Scottish Certificate of Education, 1962
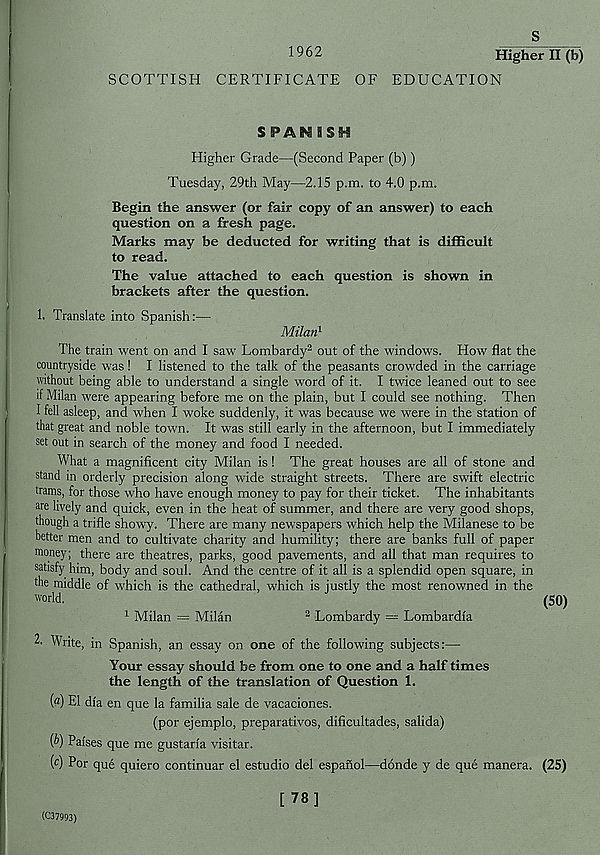
1962
S
Higher II (b)
SCOTTISH CERTIFICATE OF EDUCATION
SPANISH
Higher Grade—(Second Paper (b))
Tuesday, 29th May—2.15 p.m. to 4.0 p.m.
Begin the answer (or fair copy of an answer) to each
question on a fresh page.
Marks may be deducted for writing that is difficult
to read.
The value attached to each question is shown in
brackets after the question.
1. Translate into Spanish:—
Milan 1
The train went on and I saw Lombardy 2 out of the windows. How flat the
countryside was! I listened to the talk of the peasants crowded in the carriage
without being able to understand a single word of it. I twice leaned out to see
if Milan were appearing before me on the plain, but I could see nothing. Then
I fell asleep, and when I woke suddenly, it was because we were in the station of
that great and noble town. It was still early in the afternoon, but I immediately
set out in search of the money and food I needed.
What a magnificent city Milan is ! The great houses are all of stone and
stand in orderly precision along wide straight streets. There are swift electric
trams, for those who have enough money to pay for their ticket. The inhabitants
are lively and quick, even in the heat of summer, and there are very good shops,
though a trifle showy. There are many newspapers which help the Milanese to be
better men and to cultivate charity and humility; there are banks full of paper
money; there are theatres, parks, good pavements, and all that man requires to
satisfy him, body and soul. And the centre of it all is a splendid open square, in
the middle of which is the cathedral, which is justly the most renowned in the
world.
(50)
1 Milan = Milan
2 Lombardy — Lombardia
2- Write, in Spanish, an essay on one of the following subjects:—-
Your essay should be from one to one and a half times
the length of the translation of Question 1.
(a) El di'a en que la familia sale de vacaciones.
(por ejemplo, preparatives, dificultades, salida)
{b) Paises que me gustaria visitar.
( c ) Por que quiero continuar el estudio del espanol—donde y de que manera. (25)
[78]
(C37993)